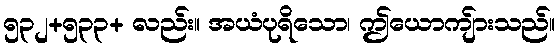
၅၃၂+၅၃၃+ လည်း။ အယံပုရိသော၊ ဤယောကျ်ားသည်။